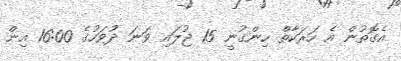
އެގޮތުން އެ ހަރަކާތް ހިންގުނީ 15 ޖުލައި ވަނަ ދުވަހުގެ 16:00 އިން